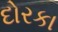
દોરકા